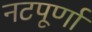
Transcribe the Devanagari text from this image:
नटपूर्णा